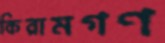
কিরামগণ